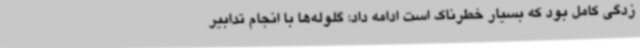
زدگی کامل بود که بسیار خطرناک است ادامه داد: گلوله‌ها با انجام تدابیر